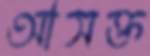
আসক্ত